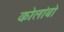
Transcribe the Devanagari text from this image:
कोलांबो